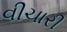
વીચારી